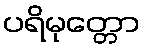
ပရိမုတ္တော